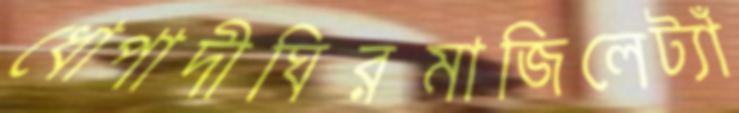
ধোপাদীঘিরমাজিলেট্যাঁ